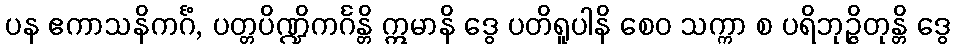
ပန ဧကာသနိကင်္ဂံ, ပတ္တပိဏ္ဍိကင်္ဂန္တိ ဣမာနိ ဒွေ ပတိရူပါနိ စေဝ သက္ကာ စ ပရိဘုဉ္ဇိတုန္တိ ဒွေ